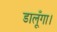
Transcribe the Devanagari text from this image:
डालूँगा।